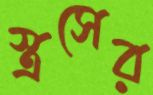
স্ত্রসের